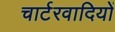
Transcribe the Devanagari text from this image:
चार्टरवादियों